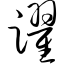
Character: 跃